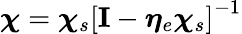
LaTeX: \boldsymbol{\chi}=\boldsymbol{\chi}_{s}\left[\mathbf{I}-\boldsymbol{\eta}_{e}\boldsymbol{\chi}_{s}\right]^{-1}